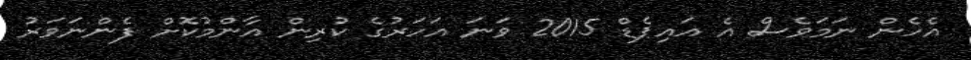
އެހެން ނަމަވެސް އެ އައިޕެޑް 2015 ވަނަ އަހަރުގެ ކުރިން އާންމުކޮށް ފެންނަވަރު